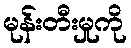
မုန်းတီးမှုကို